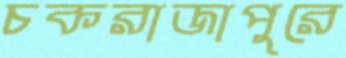
চকরাজাপুরে